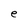
Character: e